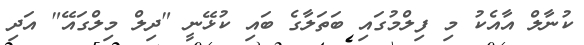
ކުނާލް އާއެކު މި ފިލްމުގައި ބަތަލާގެ ބައި ކުޅޭނީ "ދިލް މިލްގައޭ" އަދި